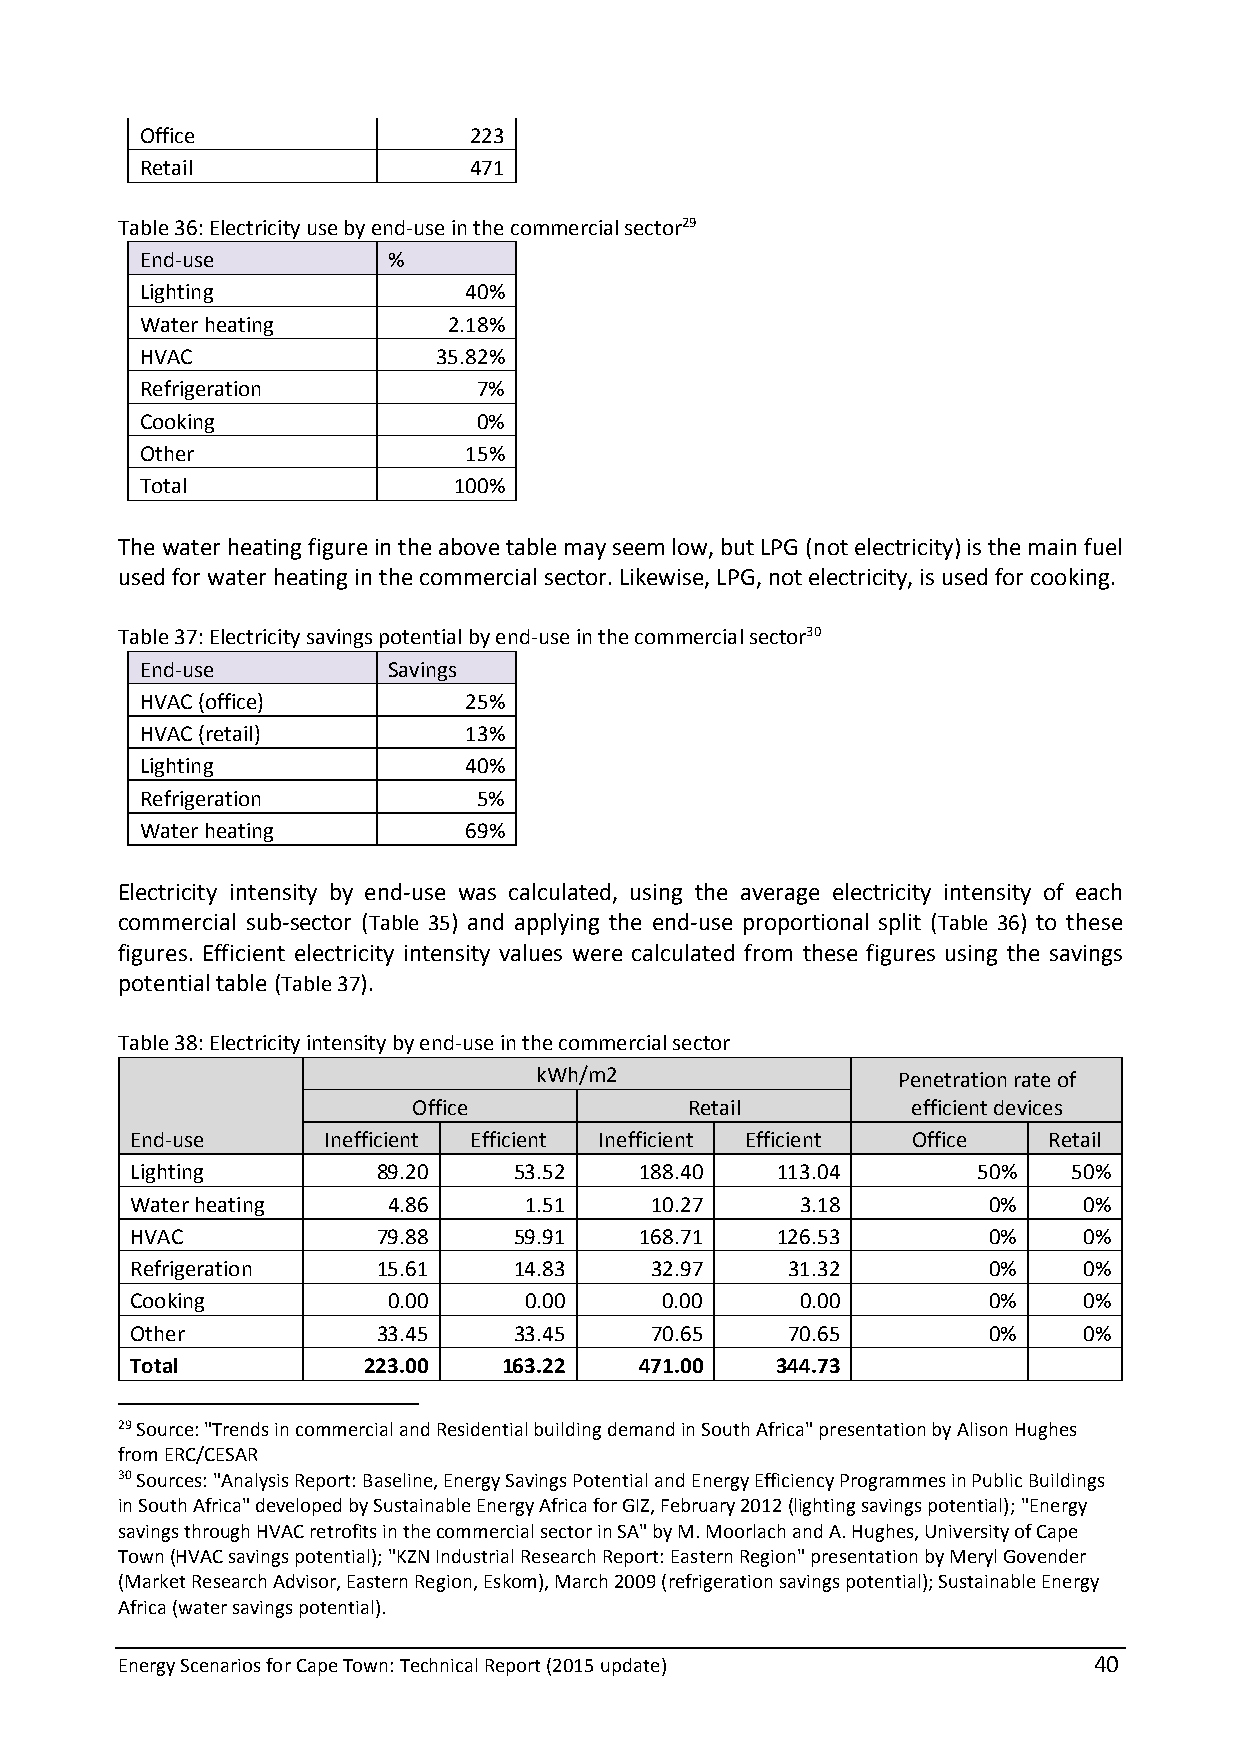
Office                223
 Retail                471
 Table 36: Electricity use by end-use in the commercial sector29
 End-use          %
 Lighting              40%
 Water heating        2.18%
 HVAC                35.82%
 Refrigeration          7%
 Cooking                0%
 Other                 15%
 Total                100%
 The water heating figure in the above table may seem low, but LPG (not electricity) is the main fuel
 used for water heating in the commercial sector. Likewise, LPG, not electricity, is used for cooking.
 Table 37: Electricity savings potential by end-use in the commercial sector30
 End-use          Savings
 HVAC (office)         25%
 HVAC (retail)         13%
 Lighting              40%
 Refrigeration          5%
 Water heating         69%
 Electricity intensity by end-use was calculated, using the average electricity intensity of each
 commercial sub-sector (Table 35) and applying the end-use proportional split (Table 36) to these
 figures. Efficient electricity intensity values were calculated from these figures using the savings
 potential table (Table 37).
 Table 38: Electricity intensity by end-use in the commercial sector
 kWh/m2                  Penetration rate of
 Office             Retail        efficient devices
 End-use     Inefficient Efficient Inefficient Efficient Office Retail
 Lighting        89.20    53.52   188.40   113.04        50%   50%
 Water heating    4.86     1.51    10.27     3.18        0%     0%
 HVAC            79.88    59.91   168.71   126.53        0%     0%
 Refrigeration   15.61    14.83    32.97    31.32        0%     0%
 Cooking          0.00     0.00     0.00     0.00        0%     0%
 Other           33.45    33.45    70.65    70.65        0%     0%
 Total          223.00   163.22   471.00   344.73
 29 Source: "Trends in commercial and Residential building demand in South Africa" presentation by Alison Hughes
 from ERC/CESAR
 30 Sources: "Analysis Report: Baseline, Energy Savings Potential and Energy Efficiency Programmes in Public Buildings
 in South Africa" developed by Sustainable Energy Africa for GIZ, February 2012 (lighting savings potential); "Energy
 savings through HVAC retrofits in the commercial sector in SA" by M. Moorlach and A. Hughes, University of Cape
 Town (HVAC savings potential); "KZN Industrial Research Report: Eastern Region" presentation by Meryl Govender
 (Market Research Advisor, Eastern Region, Eskom), March 2009 (refrigeration savings potential); Sustainable Energy
 Africa (water savings potential).
 Energy Scenarios for Cape Town: Technical Report (2015 update)  40